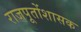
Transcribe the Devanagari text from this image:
राजपूतोंशासक